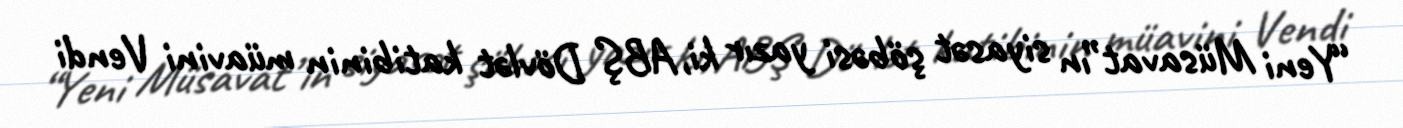
“Yeni Müsavat”ın siyasət şöbəsi yazır ki, ABŞ Dövlət katibinin müavini Vendi